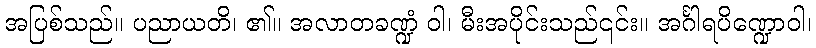
အပြစ်သည်။ ပညာယတိ၊ ၏။ အလာတခဏ္ဍံ ဝါ၊ မီးအပိုင်းသည်၎င်း။ အင်္ဂါရပိဏ္ဍောဝါ၊